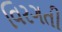
વિરગતી